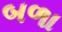
બળા